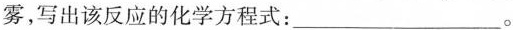
雾，写出该反应的化学方程式：___。